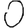
Digit: 0